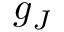
g _ { J }